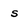
Character: s